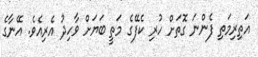
އަތިރިމަތި ފެންނަ ގޮތަށް ހުރި ކެފޭގެ މަތީ ބަޔަށް ވާހިދު އެރިއެވެ. އޭނާގެ